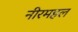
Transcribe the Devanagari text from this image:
नीरमहल